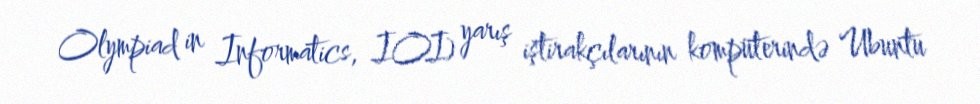
Olympiad in Informatics, IOI) yarış iştirakçılarının kompüterində Ubuntu